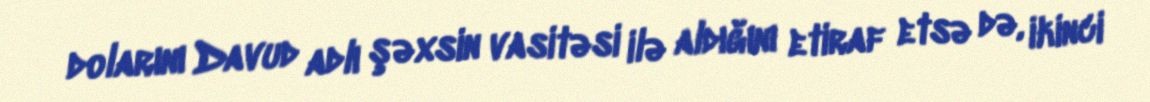
dolarını Davud adlı şəxsin vasitəsi ilə aldığını etiraf etsə də, ikinci